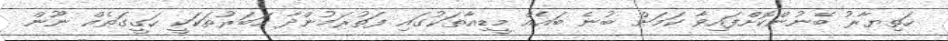
ހަތިޔާރު ބޭނުންކޮށްފައިވާ ކަމަށް ބުނެ ބައެއް މީޑިއާތަކުގައި ފަތުރަމުންދާ ހަބަރުތަކަކީ ހަގީގަތެއް ނޫން